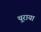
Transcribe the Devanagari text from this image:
थ़ुराया